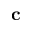
\mathbf { c }